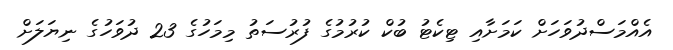
އެއްމަސްދުވަހަށް ކަމަށާއި ޓިކެޓު ބުކް ކުރުމުގެ ފުރުސަތު މިމަހުގެ 23 ދުވަހުގެ ނިޔަލަށް